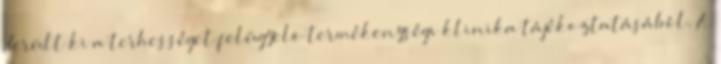
derült ki a terhességet felügyelõ termékenységi klinika tájékoztatásából. A